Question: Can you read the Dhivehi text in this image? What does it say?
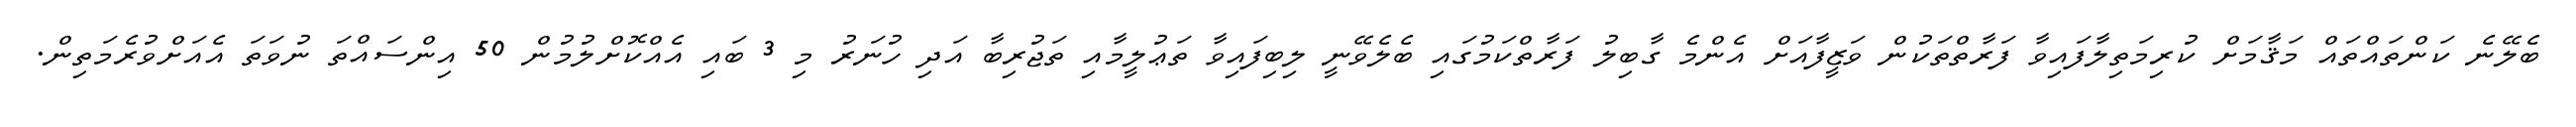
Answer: ބެލޭނެ ކަންތައްތައް މަޤާމަށް ކުރިމަތިލާފައިވާ ފަރާތްތަކުން ވަޒީފާއަށް އެންމެ ގާބިލު ފަރާތްކަމުގައި ބެލެވޭނީ ލިބިފައިވާ ތަޢުލީމާއި ތަޖުރިބާ އަދި ހުނަރު މި 3 ބައި އެއްކޮށްލުމުން 50 އިންސައްތަ ނުވަތަ އެއަށްވުރެމަތިން.